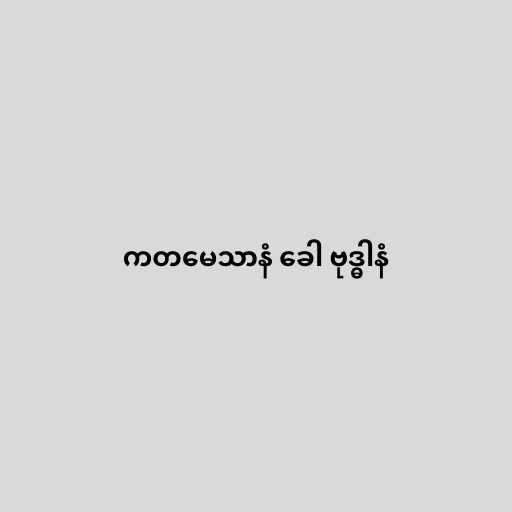
ကတမေသာနံ ခေါ ဗုဒ္ဓါနံ